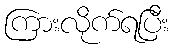
ကြားလိုက်ရပြီး